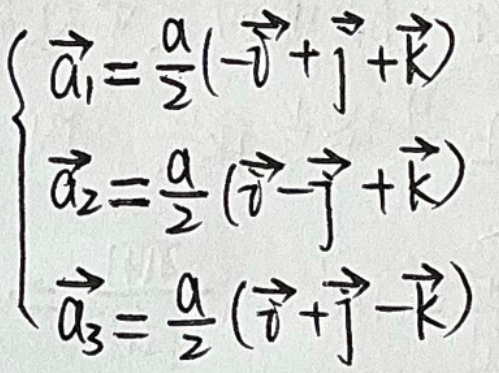
\begin{cases}
\vec{a_1} = \frac{a}{2}(-\vec{i}+\vec{j}+\vec{k})\\
\vec{a_2} = \frac{a}{2}(\vec{i}-\vec{j}+\vec{k})\\
\vec{a_3} = \frac{a}{2}(\vec{i}+\vec{j}-\vec{k})
\end{cases}